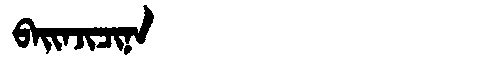
Manchu: ᠪᠠᡳᠨᠵᡳᠴᡳᠨᠠ
Romanization: BAINJICINA